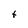
Character: t